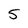
Character: 5